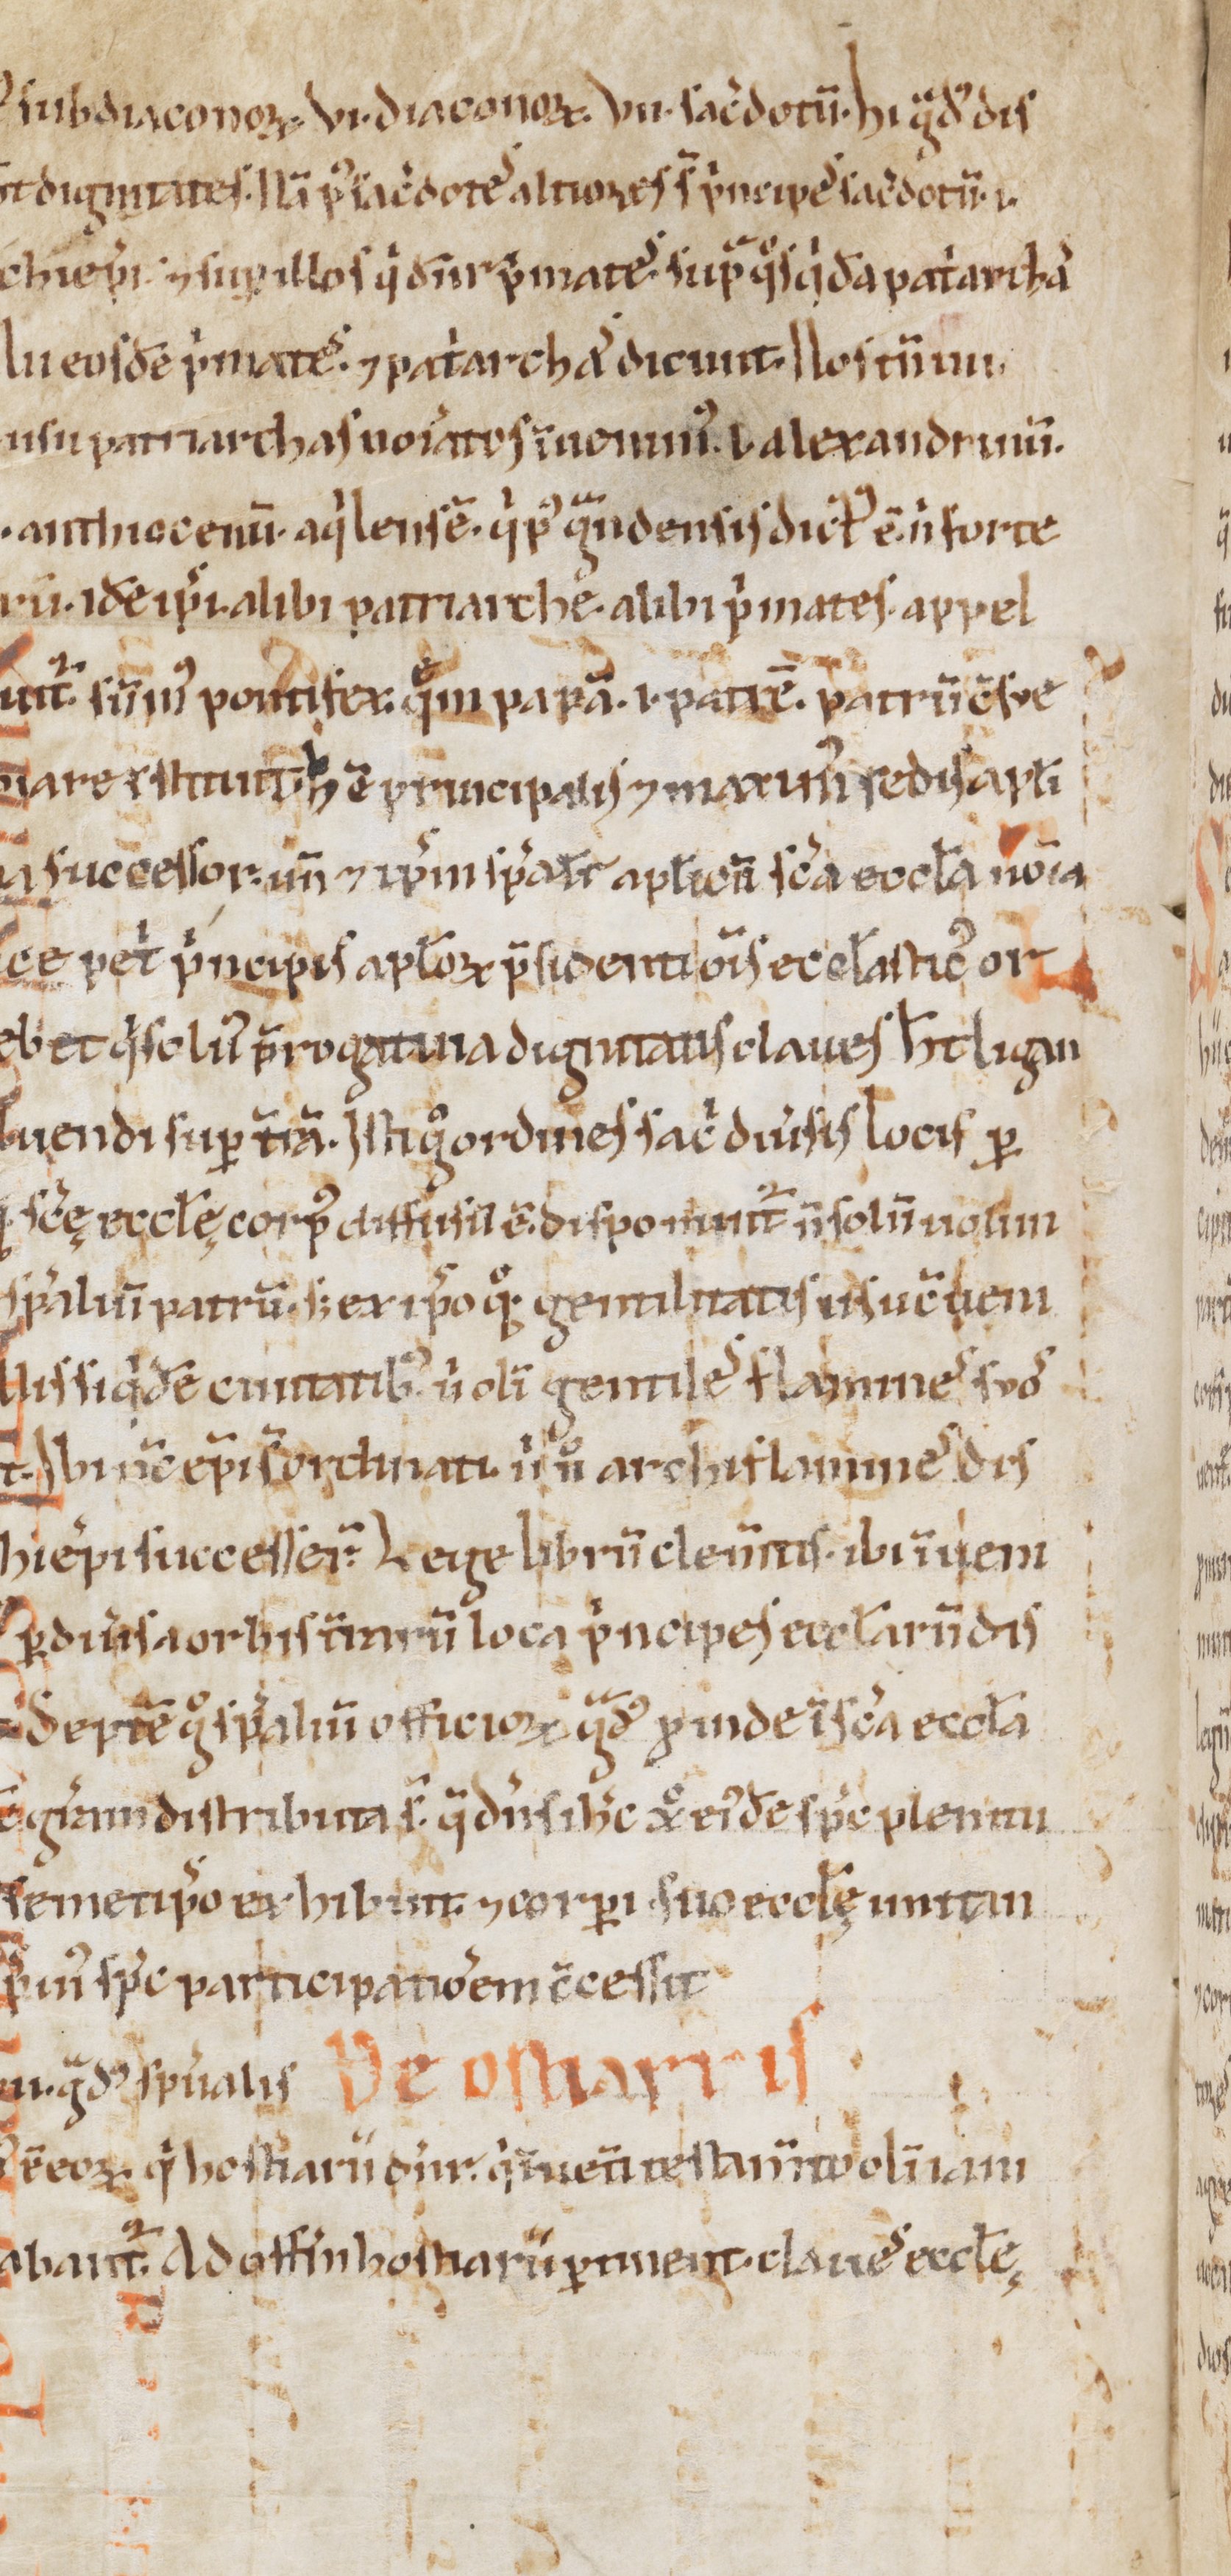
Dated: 1100–1199